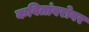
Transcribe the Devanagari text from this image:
कवितांबरोबर